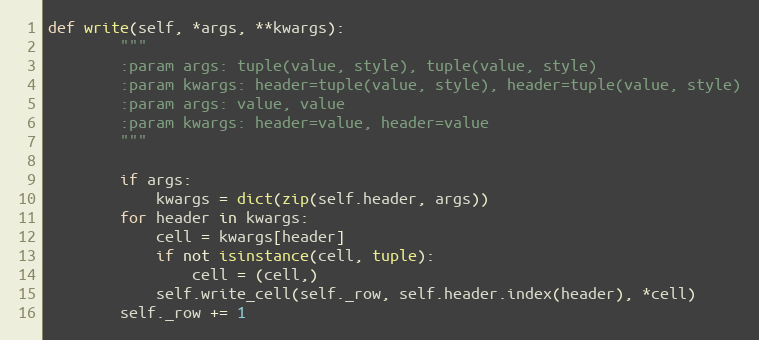
Language: Python
def write(self, *args, **kwargs):
        """
        :param args: tuple(value, style), tuple(value, style)
        :param kwargs: header=tuple(value, style), header=tuple(value, style)
        :param args: value, value
        :param kwargs: header=value, header=value
        """

        if args:
            kwargs = dict(zip(self.header, args))
        for header in kwargs:
            cell = kwargs[header]
            if not isinstance(cell, tuple):
                cell = (cell,)
            self.write_cell(self._row, self.header.index(header), *cell)
        self._row += 1